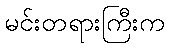
မင်းတရားကြီးက